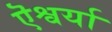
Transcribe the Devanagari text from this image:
ऎश्वर्या